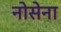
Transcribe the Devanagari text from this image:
नोसेना